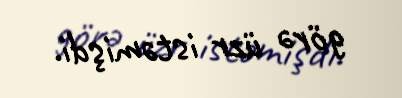
görə üzr istəmişdi.